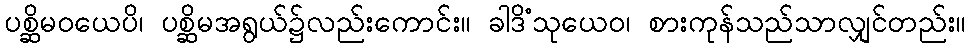
ပစ္ဆိမဝယေပိ၊ ပစ္ဆိမအရွယ်၌လည်းကောင်း။ ခါဒိံသုယေဝ၊ စားကုန်သည်သာလျှင်တည်း။